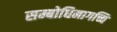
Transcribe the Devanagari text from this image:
सम्बोधिमागच्चि